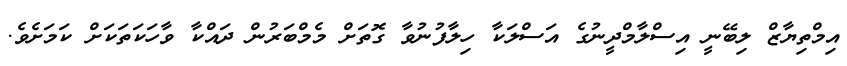
އިމްތިޔާޒް ލިބޭނީ އިސްލާމްދީނުގެ އަސްލަކާ ހިލާފުނުވާ ގޮތަށް މެމްބަރުން ދައްކާ ވާހަކަތަކަށް ކަމަށެވެ.